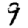
Digit: 9